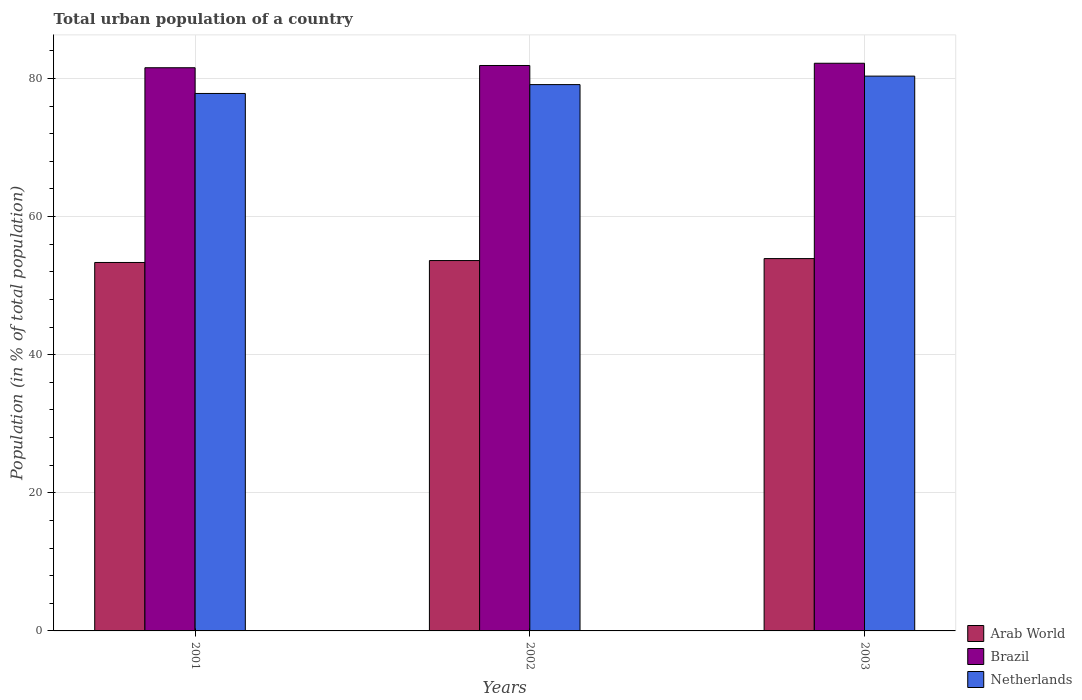
| Years | Arab World | Brazil | Netherlands |
 | --- | --- | --- | --- |
 | 2001 | 53.4 | 81.6 | 77.8 |
 | 2002 | 53.6 | 81.9 | 79.1 |
 | 2003 | 53.9 | 82.2 | 80.3 |